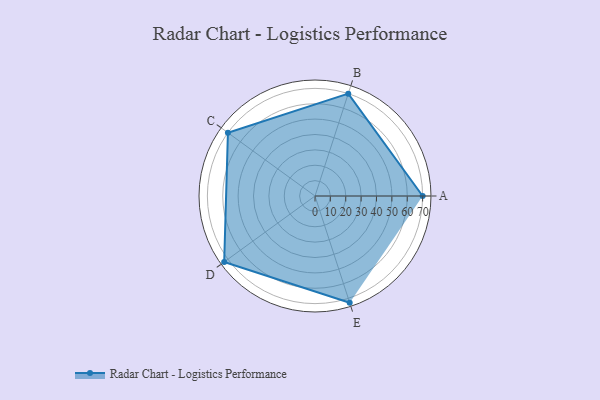
{"axis": {"x": "Skill", "y": "Score"}, "legend": ["Profile"], "data": [{"x": "A", "y": 70.0, "type": "Profile"}, {"x": "B", "y": 70.0, "type": "Profile"}, {"x": "C", "y": 70.0, "type": "Profile"}, {"x": "D", "y": 73.0, "type": "Profile"}, {"x": "E", "y": 73.0, "type": "Profile"}]}